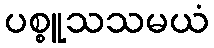
ပစ္စူသသမယံ